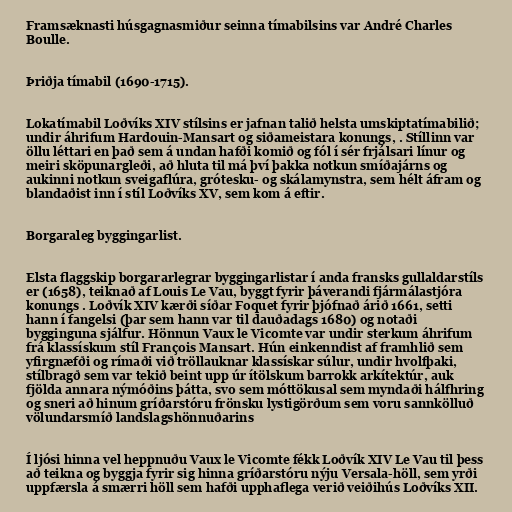
Framsæknasti húsgagnasmiður seinna tímabilsins var André Charles
Boulle.

Þriðja tímabil (1690-1715).

Lokatímabil Loðvíks XIV stílsins er jafnan talið helsta umskiptatímabilið;
undir áhrifum Hardouin-Mansart og siðameistara konungs, . Stíllinn var
öllu léttari en það sem á undan hafði komið og fól í sér frjálsari línur og
meiri sköpunargleði, að hluta til má því þakka notkun smíðajárns og
aukinni notkun sveigaflúra, grótesku- og skálamynstra, sem hélt áfram og
blandaðist inn í stíl Loðvíks XV, sem kom á eftir.

Borgaraleg byggingarlist.

Elsta flaggskip borgararlegrar byggingarlistar í anda fransks gullaldarstíls
er (1658), teiknað af Louis Le Vau, byggt fyrir þáverandi fjármálastjóra
konungs . Loðvík XIV kærði síðar Foquet fyrir þjófnað árið 1661, setti
hann í fangelsi (þar sem hann var til dauðadags 1680) og notaði
bygginguna sjálfur. Hönnun Vaux le Vicomte var undir sterkum áhrifum
frá klassískum stíl François Mansart. Hún einkenndist af framhlið sem
yfirgnæfði og rímaði við tröllauknar klassískar súlur, undir hvolfþaki,
stílbragð sem var tekið beint upp úr ítölskum barrokk arkítektúr, auk
fjölda annara nýmóðins þátta, svo sem móttökusal sem myndaði hálfhring
og sneri að hinum gríðarstóru frönsku lystigörðum sem voru sannkölluð
völundarsmíð landslagshönnuðarins

Í ljósi hinna vel heppnuðu Vaux le Vicomte fékk Loðvík XIV Le Vau til þess
að teikna og byggja fyrir sig hinna gríðarstóru nýju Versala-höll, sem yrði
uppfærsla á smærri höll sem hafði upphaflega verið veiðihús Loðvíks XII.